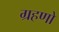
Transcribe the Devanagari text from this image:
ग्रहणो